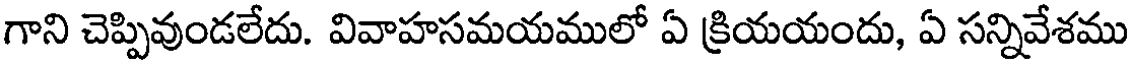
గాని చెప్పివుండలేదు. వివాహసమయములో ఏ క్రియయందు, ఏ సన్నివేశము